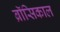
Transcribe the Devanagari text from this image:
ब्रॉसिकाल